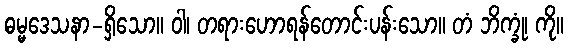
ဓမ္မဒေသနာ-ရှိသော။ ဝါ၊ တရားဟောရန်တောင်းပန်းသော။ တံ ဘိက္ခုံ၊ ကို။